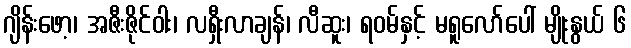
ဂျိန်းဖော့၊ အဇီးဇိုင်ဝါး၊ လရှီးလာချန်၊ လီဆူး၊ ရဝမ်နှင့် မရူလော်ပေါ် မျိုးနွယ် ၆